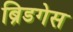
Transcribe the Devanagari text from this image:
ब्रिडगेस